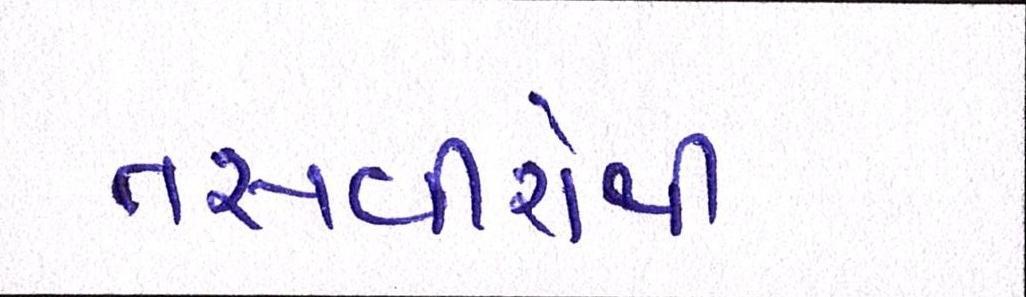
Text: તસવીરોથી